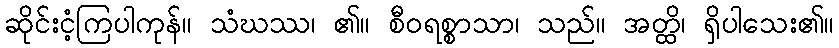
ဆိုင်းငံ့ကြပါကုန်။ သံဃဿ၊ ၏။ စီဝရစ္စာသာ၊ သည်။ အတ္ထိ၊ ရှိပါသေး၏။